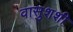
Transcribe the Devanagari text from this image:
वासुशशी